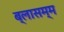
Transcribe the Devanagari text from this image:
ब्लासम्म